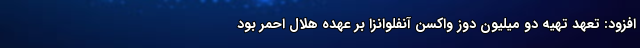
افزود: تعهد تهیه دو میلیون دوز واکسن آنفلوانزا بر عهده هلال احمر بود